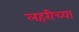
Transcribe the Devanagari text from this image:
लहरीच्या